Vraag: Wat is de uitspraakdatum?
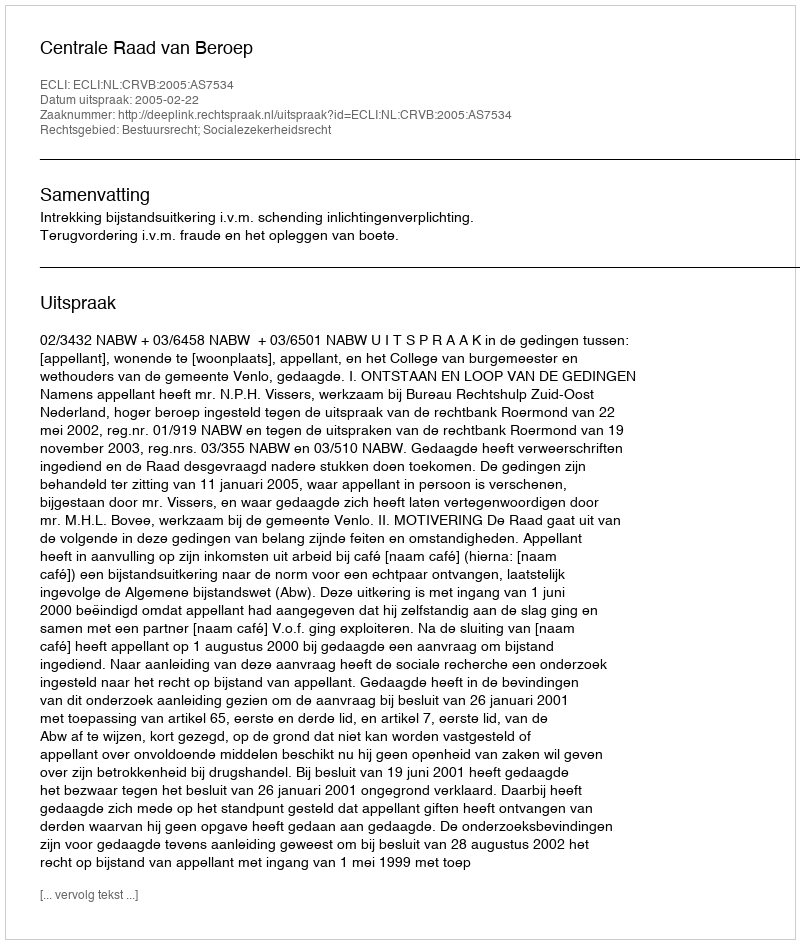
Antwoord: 2005-02-22